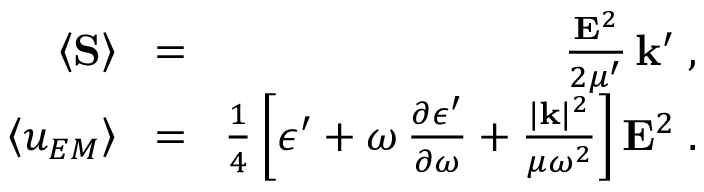
\begin{array} { r l r } { \left\langle { \bf { S } } \right\rangle \! } & { = } & { \! \frac { { \bf { E } } ^ { 2 } } { 2 \mu ^ { \prime } } \, { \bf k } ^ { \prime } \; , } \\ { \left\langle u _ { E M } \right\rangle \! } & { = } & { \! \frac { 1 } { 4 } \left[ \epsilon ^ { \prime } + \omega \, \frac { \partial \epsilon ^ { \prime } } { \partial \omega } + \frac { | { \bf { k } } | ^ { 2 } } { \mu \omega ^ { 2 } } \right] { \bf { E } } ^ { 2 } \; . } \end{array}